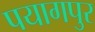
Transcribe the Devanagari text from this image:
पयागपुर